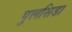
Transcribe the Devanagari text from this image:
पुलसिडा